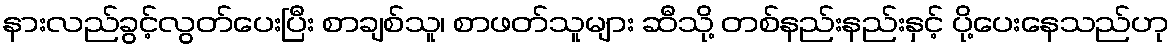
နားလည်ခွင့်လွတ်ပေးပြီး စာချစ်သူ၊ စာဖတ်သူများ ဆီသို့ တစ်နည်းနည်းနှင့် ပို့ပေးနေသည်ဟု